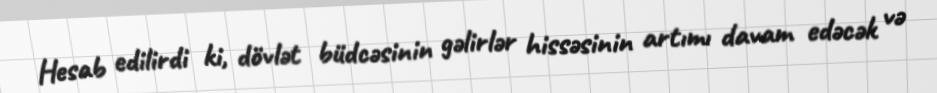
Hesab edilirdi ki, dövlət büdcəsinin gəlirlər hissəsinin artımı davam edəcək və